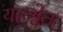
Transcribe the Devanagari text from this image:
यहश्वेत